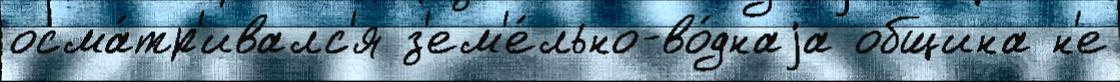
осма́тр'ивалс'я з'ем'е́льно-во́днаjа община н'е